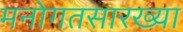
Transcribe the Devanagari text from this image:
मनोगतसारख्या